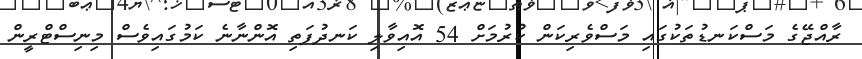
ރާއްޖޭގެ މަސްކަނޑުތަކުގައި މަސްވެރިކަން ކުރުމަށް 54 އޮއިވާލި ކަނދުފަތި އޮންނާނެ ކަމުގައިވެސް މިނިސްޓްރީން